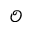
\mathcal { O }